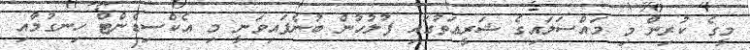
މީގެ ކުރިން މި މައްސަލައިގެ ޝަރީޢަތުގައި ފުލުހުން ބުނެފައިވަނީ މި އެކްސިޑެންޓް ހިނގުމާއި